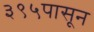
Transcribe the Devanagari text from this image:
३९५पासून